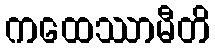
ကထေဿာမီတိ